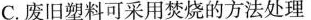
C.废旧塑料可采用焚烧的方法处理